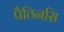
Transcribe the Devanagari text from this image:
पैठिनसि